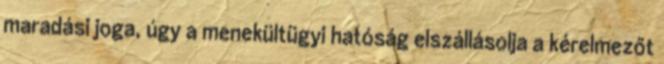
maradási joga, úgy a menekültügyi hatóság elszállásolja a kérelmezőt